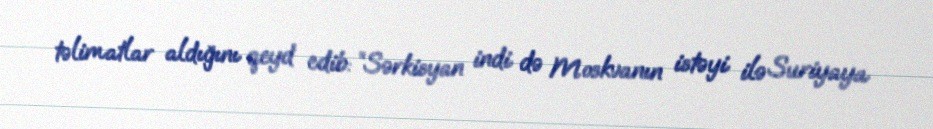
təlimatlar aldığını qeyd edib: “Sərkisyan indi də Moskvanın istəyi ilə Suriyaya